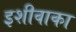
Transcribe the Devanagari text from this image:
इशीवाका